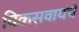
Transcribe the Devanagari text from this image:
विकसवायचे